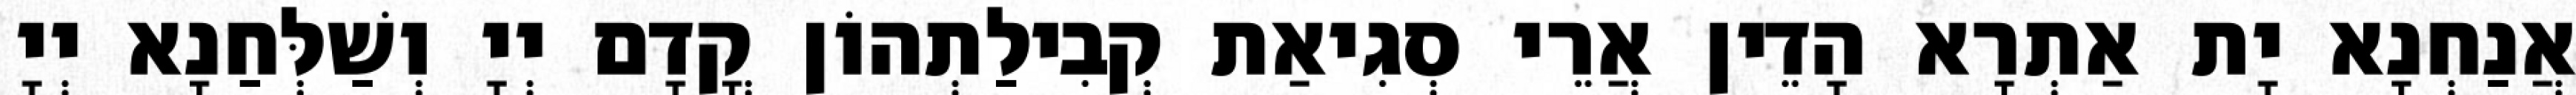
אֲנַחְנָא יָת אַתְרָא הָדֵין אֲרֵי סְגִיאַת קְבִילַתְהוֹן קֳדָם יְיָ וְשַׁלְּחַנָא יְיָ